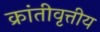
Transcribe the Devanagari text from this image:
क्रांतीवृत्तीय